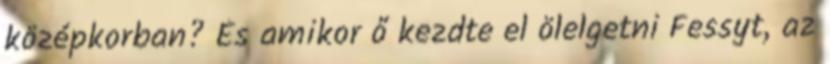
középkorban? És amikor ő kezdte el ölelgetni Fessyt, az